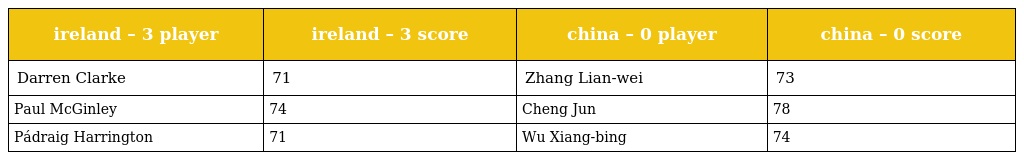
| ireland – 3 player | ireland – 3 score | china – 0 player | china – 0 score |
 | --- | --- | --- | --- |
 | Darren Clarke | 71 | Zhang Lian-wei | 73 |
 | Paul McGinley | 74 | Cheng Jun | 78 |
 | Pádraig Harrington | 71 | Wu Xiang-bing | 74 |